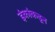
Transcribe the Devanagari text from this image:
इंकांकडून